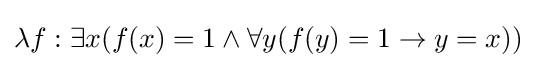
\lambda f:\exists x(f(x)=1\land \forall y(f(y)=1\rightarrow y=x))